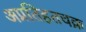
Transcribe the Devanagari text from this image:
अप्रतिहतचक्र